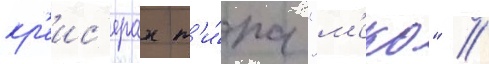
кр'еис'ерах т'и́па "м'еко" //